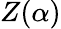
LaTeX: Z(\alpha)